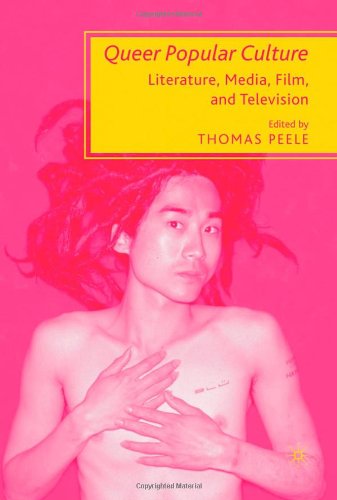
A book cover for Queer Popular Culture: Literature, Media, Film, and Television; Gay & Lesbian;